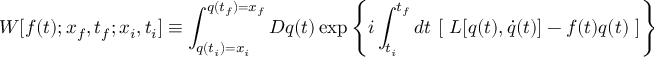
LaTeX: W [ f ( t ) ; x _ { f } , t _ { f } ; x _ { i } , t _ { i } ] \equiv \int _ { q ( t _ { i } ) = x _ { i } } ^ { q ( t _ { f } ) = x _ { f } } { \cal D } q ( t ) \exp \left\{ i \int _ { t _ { i } } ^ { t _ { f } } d t \ [ \ { \cal L } [ q ( t ) , \dot { q } ( t ) ] - f ( t ) q ( t ) \ ] \right\} .